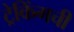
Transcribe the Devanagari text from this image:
ट्रेकिंगची